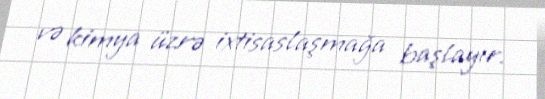
və kimya üzrə ixtisaslaşmağa başlayır.